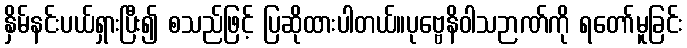
နှိမ်နင်းပယ်ရှားပြီး၍ စသည်ဖြင့် ပြဆိုထားပါတယ်။ပုဗ္ဗေနိဝါသဉာဏ်ကို ရတော်မူခြင်း